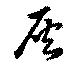
灰